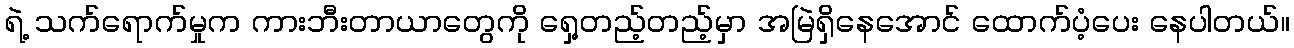
ရဲ့ သက်ရောက်မှုက ကားဘီးတာယာတွေကို ရှေ့တည့်တည့်မှာ အမြဲရှိနေအောင် ထောက်ပံ့ပေး နေပါတယ်။